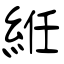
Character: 絍